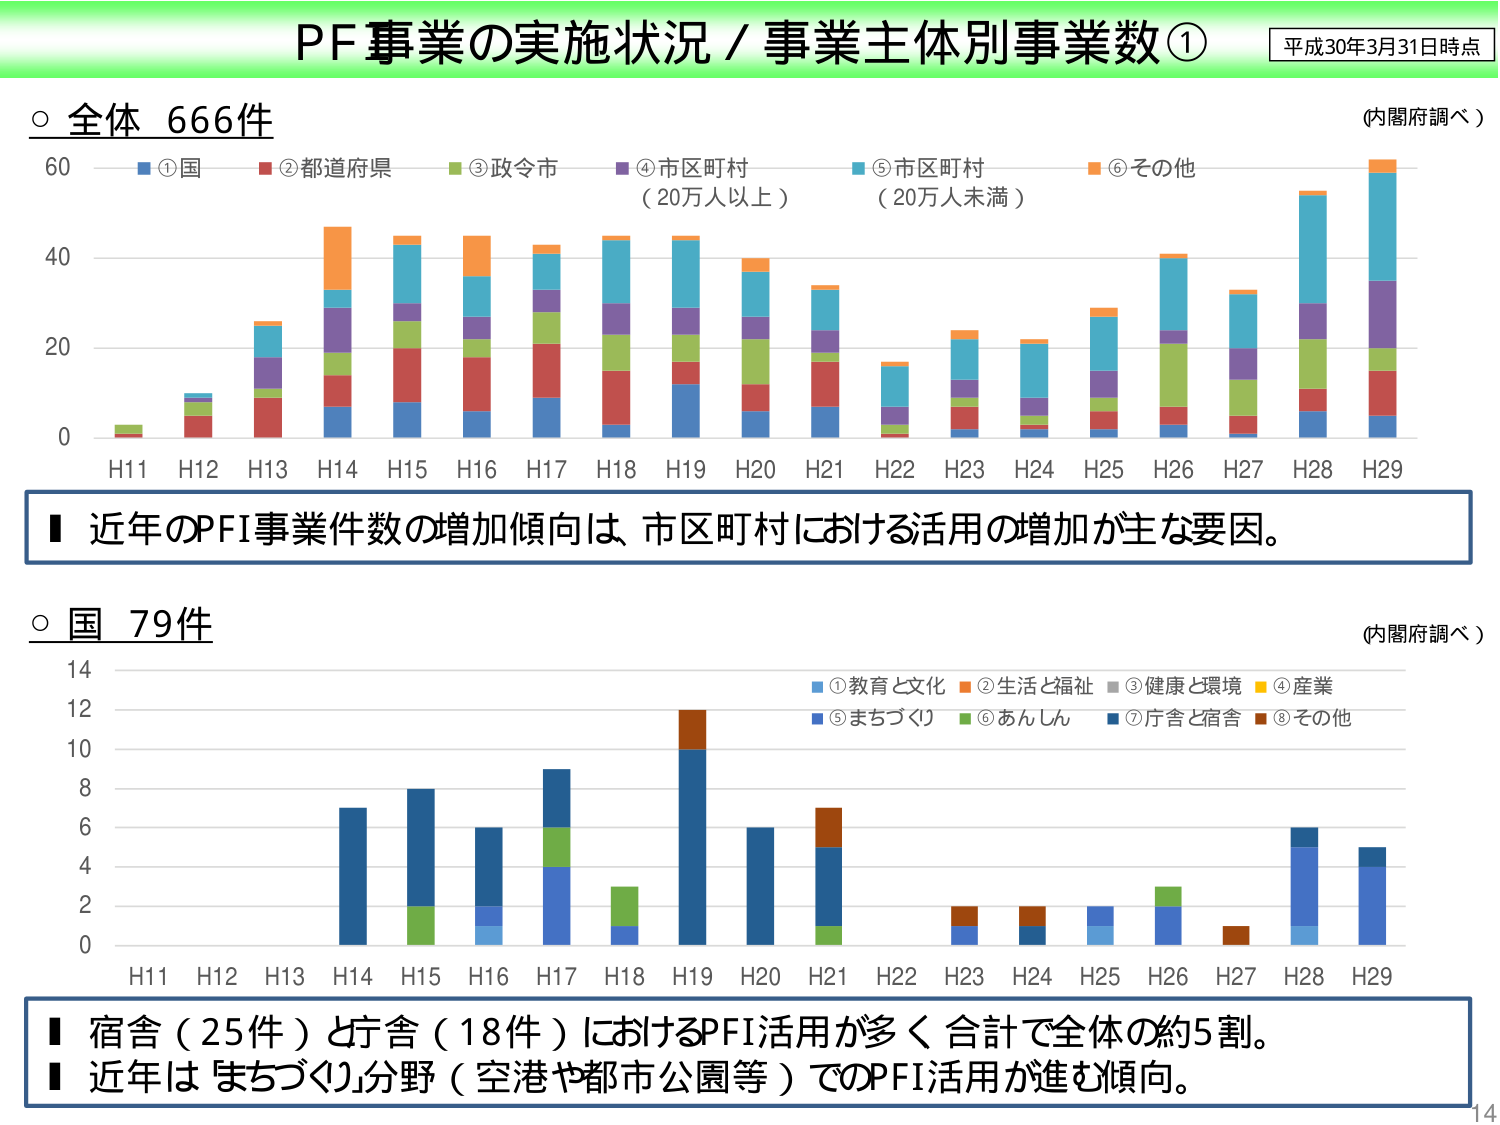
PF事業の実施状況／事業主体別事業数①
平成30年3月31日時点
○全体 666件
(内閣府調べ)
①国 ②都道府県 ③政令市 ④市区町村 ⑤市区町村 ⑥その他
（20万人以上） （20万人未満）
0 20 40 60
H11 H12 H13 H14 H15 H16 H17 H18 H19 H20 H21 H22 H23 H24 H25 H26 H27 H28 H29
■ 近年のPFI事業件数の増加傾向は、市区町村における活用の増加が主な要因。
○国 79件
(内閣府調べ)
①教育と文化 ②生活と福祉 ③健康と環境 ④産業
⑤まちづくり ⑥あんしん ⑦庁舎と宿舎 ⑧その他
0 2 4 6 8 10 12 14
H11 H12 H13 H14 H15 H16 H17 H18 H19 H20 H21 H22 H23 H24 H25 H26 H27 H28 H29
■ 宿舎（25件）と庁舎（18件）におけるPFI活用が多く、合計で全体の約5割。
■ 近年は「まちづくり」分野（空港や都市公園等）でのPFI活用が進む傾向。
14